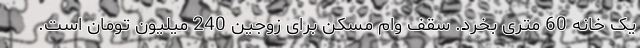
یک خانه 60 متری بخرد. سقف وام مسکن برای زوجین 240 میلیون تومان است.